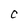
Character: C